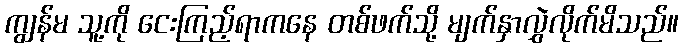
ကျွန်မ သူ့ကို ငေးကြည့်ရာကနေ တစ်ဖက်သို့ မျက်နှာလွှဲလိုက်မိသည်။